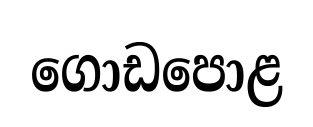
ගොඩපොළ